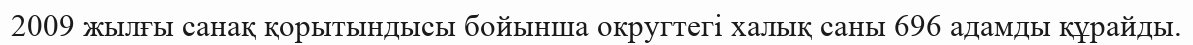
2009 жылғы санақ қорытындысы бойынша округтегі халық саны 696 адамды құрайды.